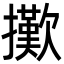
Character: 擹